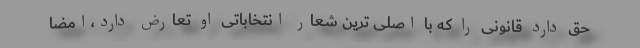
حق دارد قانونی را که با اصلی ترین شعار انتخاباتی او تعارض دارد،امضا